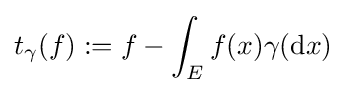
t_{\gamma }(f):=f-\int _{E}f(x)\gamma (\mathrm {d} x)